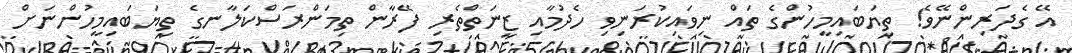
އޭ ގެދަރިންނޭވެ! ތިޔަބައިމީހުންގެ ތައް ނިވައިކުރަނިވި ހެދުމާއި ޒީނަތްތެރި ފޭރާން ތިމަންރަސްކަލާނގެ ތިޔަބައިމީހުންނަށް